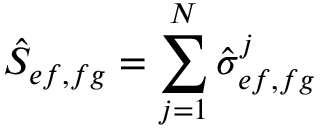
\hat { S } _ { e f , f g } = \sum _ { j = 1 } ^ { N } \hat { \sigma } _ { e f , f g } ^ { j }